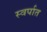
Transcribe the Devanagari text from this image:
स्वर्पात